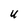
Character: U